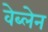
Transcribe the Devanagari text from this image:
वेब्लेन